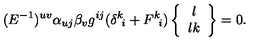
( E ^ { - 1 } ) ^ { u v } \alpha _ { u j } \beta _ { v } g ^ { i j } ( \delta ^ { k } \! _ { i } + F ^ { k } \! _ { i } ) \left\{ \begin{array} { c } { l } \\ { l k } \\ \end{array} \right\} = 0 .